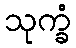
သုက္ခံ